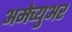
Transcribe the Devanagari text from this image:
अमेच्युअर